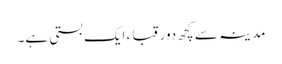
مدینہ سے کچھ دور قبا ء ایک بستی ہے۔